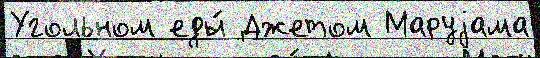
Угольном еды́ Джетом Маруjама